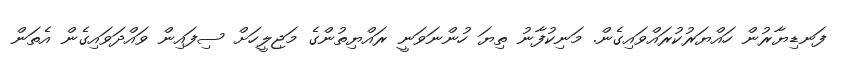
ފަނޑިޔާރުން ހައްޔަރުކުރައްވައިގެން. މަނިކުފާނު ތިޔަ ހުންނަވަނީ ރައްޔިތުންގެ މަޖިލީހަށް ސިފައިން ވައްދަވައިގެން އެތަން